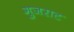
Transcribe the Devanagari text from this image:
गुजराट